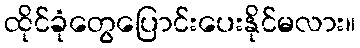
ထိုင်ခုံတွေပြောင်းပေးနိုင်မလား။